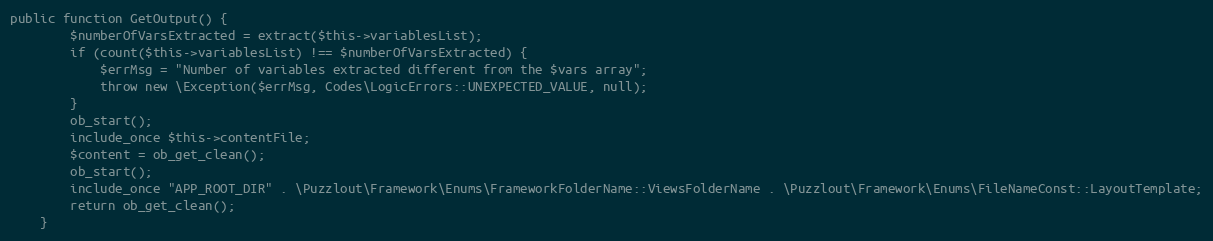
Language: PHP
public function GetOutput() {
        $numberOfVarsExtracted = extract($this->variablesList);
        if (count($this->variablesList) !== $numberOfVarsExtracted) {
            $errMsg = "Number of variables extracted different from the $vars array";
            throw new \Exception($errMsg, Codes\LogicErrors::UNEXPECTED_VALUE, null);
        }
        ob_start();
        include_once $this->contentFile;
        $content = ob_get_clean();
        ob_start();
        include_once "APP_ROOT_DIR" . \Puzzlout\Framework\Enums\FrameworkFolderName::ViewsFolderName . \Puzzlout\Framework\Enums\FileNameConst::LayoutTemplate;
        return ob_get_clean();
    }